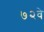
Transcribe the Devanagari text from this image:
७२वे